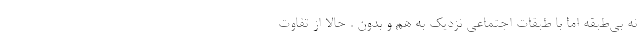
نه بی‌طبقه اما با طبقات اجتماعی نزدیک به هم و بدون . حالا از تفاوت